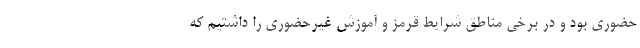
حضوری بود و در برخی مناطق شرایط قرمز و آموزش غیرحضوری را داشتیم که